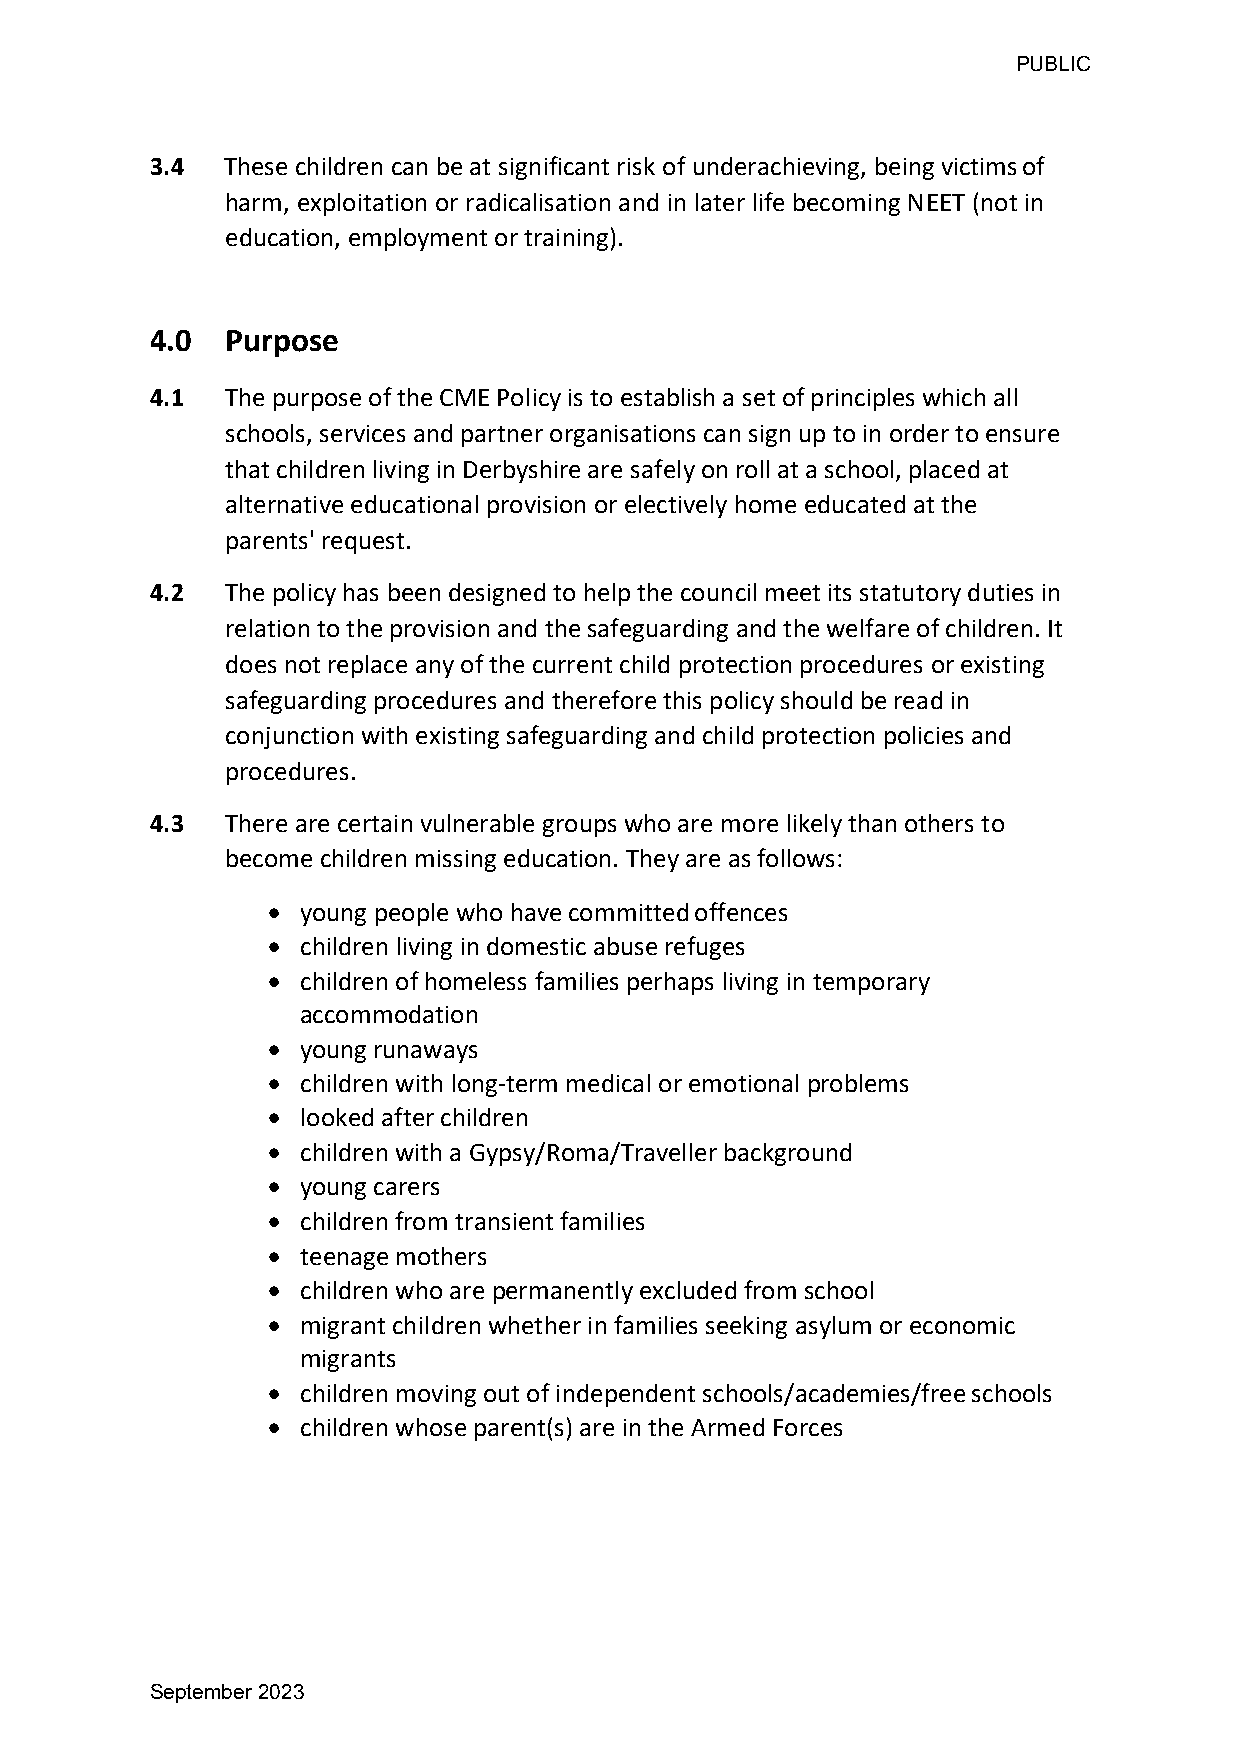
PUBLIC
 3.4  These children can be at significant risk of underachieving, being victims of
 harm, exploitation or radicalisation and in later life becoming NEET (not in
 education, employment or training).
 4.0  Purpose
 4.1  The purpose of the CME Policy is to establish a set of principles which all
 schools, services and partner organisations can sign up to in order to ensure
 that children living in Derbyshire are safely on roll at a school, placed at
 alternative educational provision or electively home educated at the
 parents' request.
 4.2  The policy has been designed to help the council meet its statutory duties in
 relation to the provision and the safeguarding and the welfare of children. It
 does not replace any of the current child protection procedures or existing
 safeguarding procedures and therefore this policy should be read in
 conjunction with existing safeguarding and child protection policies and
 procedures.
 4.3  There are certain vulnerable groups who are more likely than others to
 become children missing education. They are as follows:
 • young people who have committed offences
 • children living in domestic abuse refuges
 • children of homeless families perhaps living in temporary
 accommodation
 • young runaways
 • children with long-term medical or emotional problems
 • looked after children
 • children with a Gypsy/Roma/Traveller background
 • young carers
 • children from transient families
 • teenage mothers
 • children who are permanently excluded from school
 • migrant children whether in families seeking asylum or economic
 migrants
 • children moving out of independent schools/academies/free schools
 • children whose parent(s) are in the Armed Forces
 September 2023